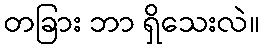
တခြား ဘာ ရှိသေးလဲ။